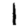
Digit: 1